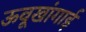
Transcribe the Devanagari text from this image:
ऊवूखांगाई